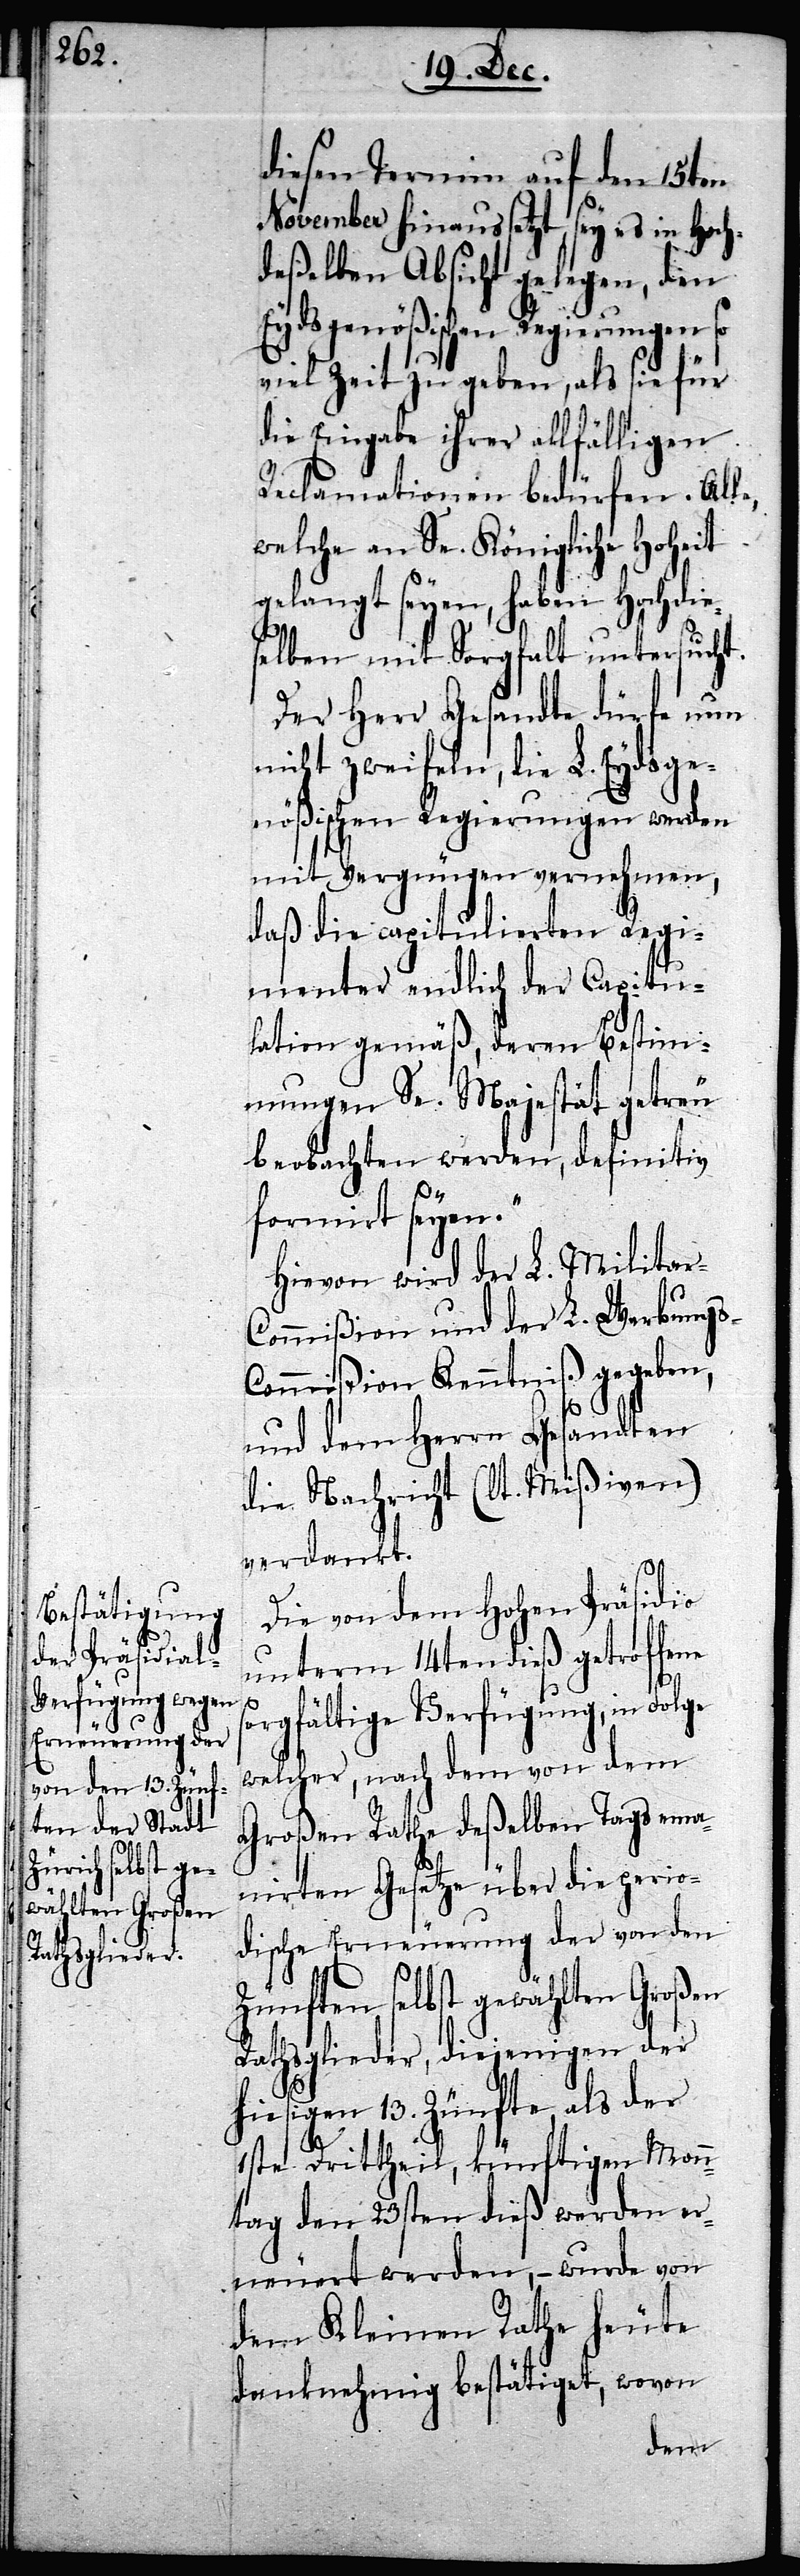
r-Ca¬

diesen Termin auf den 15ten
November hinaussetzt, sey es in Hoch¬
deßelben Absicht gelegen, den
Eydsgenößischen Regierungen so
viel Zeit zu geben, als sie für
die Eingabe ihrer allfälligen
Reclamationen bedürfen. Alle,
welche an Se. Königliche Hoheit
gelangt seyen, haben Hochdie¬
selben mit Sorgfalt untersucht.
Der Herr Gesandte dürfe nun
nicht zweifeln, die L. Eydsge¬
nößischen Regierungen werden
mit Vergnügen vernehmen,
daß die capitulierten Regi¬
menter endlich der Capitu¬
lation gemäß, deren Bestim¬
mungen Se. Majestät getreu
beobachten werden, definitiv
formirt seyen.“
Hievon wird der L. Milita¬
pitulation und der L. Werbungs-C¬
ommißion Kenntniß gegeben,
und dem Herrn Gesandten
die Nachricht (lt. Mißiven)
verdankt.
Die von dem Hohen Präsidio
unterm 14ten dieß getroffene
sorgfältige Verfügung, in Folge
welcher, nach dem von dem
Großen Rathe deßelben Tags ema¬
nirten Gesetze über die perio¬
dische Erneuerung der von den
Zünften selbst gewählten Großen
Rathsglieder, diejenigen der
hiesigen 13. Zünfte, als der
1ste Drittheil, künftigen Mon¬
tag den 23sten dieß werden er¬
neuert werden, – wurde von
dem Kleinen Rathe heute
danknehmig bestätiget, wovon